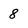
Character: 8